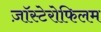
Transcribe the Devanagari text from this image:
ज़ॉस्टेरोफिलम